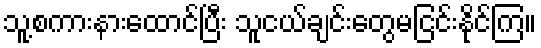
သူ့စကားနားထောင်ပြီး သူငယ်ချင်းတွေမငြင်းနိုင်ကြ။